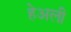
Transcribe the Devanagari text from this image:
हेअली